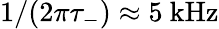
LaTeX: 1/(2\pi\tau_{-})\approx 5\ \mathrm{kHz}